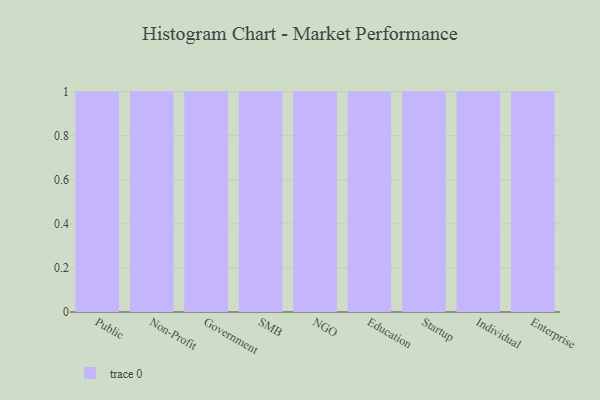
{"axis": {"x": "Segment", "y": "Population (Million)"}, "legend": [""], "data": [{"x": "Public", "y": 12, "type": ""}, {"x": "Non-Profit", "y": 93, "type": ""}, {"x": "Government", "y": 1, "type": ""}, {"x": "SMB", "y": 34, "type": ""}, {"x": "NGO", "y": 74, "type": ""}, {"x": "Education", "y": 34, "type": ""}, {"x": "Startup", "y": 9, "type": ""}, {"x": "Individual", "y": 32, "type": ""}, {"x": "Enterprise", "y": 25, "type": ""}]}